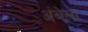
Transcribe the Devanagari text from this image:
अंबेला